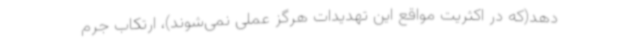
دهد(که در اکثریت مواقع این تهدیدات هرگز عملی نمی‌شوند)، ارتکاب جرم